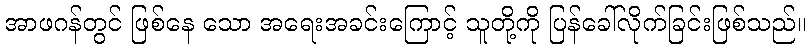
အာဖဂန်တွင် ဖြစ်နေ သော အရေးအခင်းကြောင့် သူတို့ကို ပြန်ခေါ်လိုက်ခြင်းဖြစ်သည်။